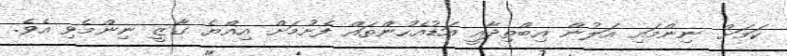
ކަމަށް ނިންމައި އަލުން އިބްތިދާއީ އަޑުއެހުންތައް ފެށުމަށް އިއްޔެ ގާޒީ ނިންމެވި އެވެ.